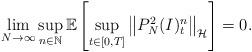
LaTeX: \begin{align*} \lim_{N\to\infty}\sup_{n\in\mathbb N}\mathbb E\left[\sup_{t\in [0,T]}\left\|P_N^2 (I)_t^n\right\|_{\mathcal H}\right]=0. \end{align*}